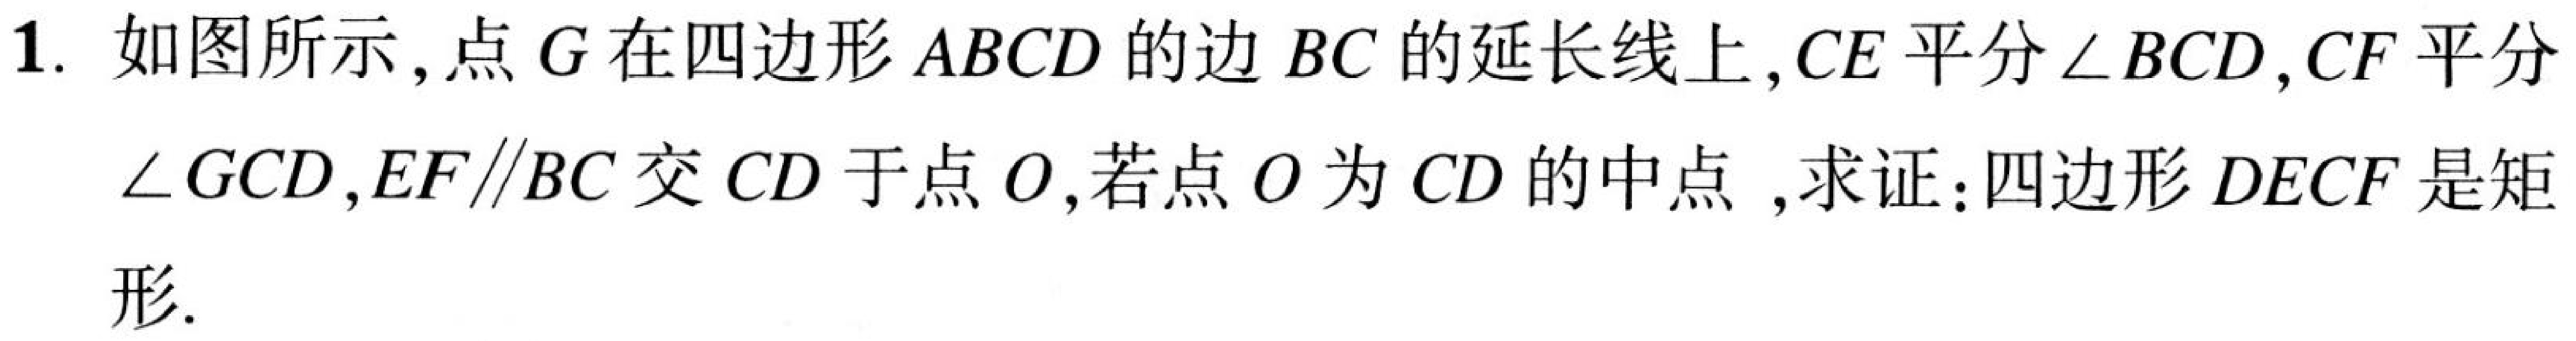
1. 如图所示，点\(G\)在四边形\(ABCD\)的边\(BC\)的延长线上，\(CE\)平分\(\angle BCD\)，\(CF\)平分\(\angle GCD\)，\(EF\parallel BC\)交\(CD\)于点\(O\)，若点\(O\)为\(CD\)的中点 ，求证：四边形\(DECF\)是矩形.